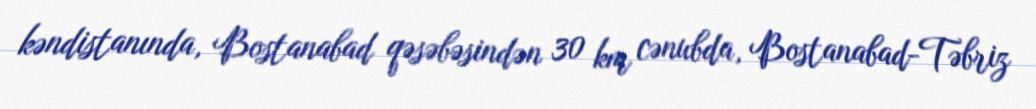
kəndistanında, Bostanabad qəsəbəsindən 30 km cənubda, Bostanabad-Təbriz